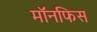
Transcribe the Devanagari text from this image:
मॉनफिस